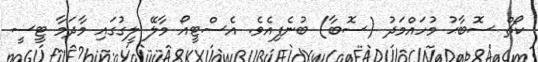
ކޯޗް ސޮބާޙު މުހައްމަދު (ސޮބާ) ބުނެފިއެވެ. އެސްޓީއޯ މާލޭ ލީގުގައި މާދަމާ ޓީސީ